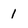
Character: 1